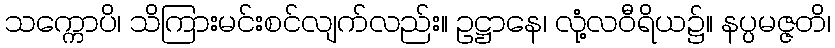
သက္ကောပိ၊ သိကြားမင်းစင်လျက်လည်း။ ဥဋ္ဌာနေ၊ လုံ့လဝီရိယ၌။ နပ္ပမဇ္ဇတိ၊